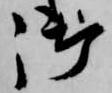
御